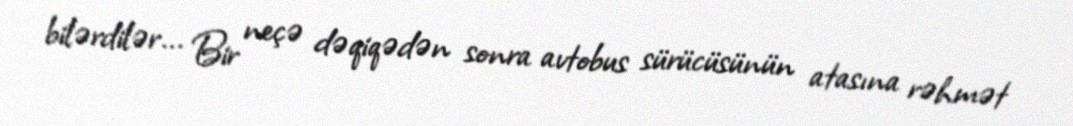
bilərdilər... Bir neçə dəqiqədən sonra avtobus sürücüsünün atasına rəhmət